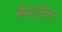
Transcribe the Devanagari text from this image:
मैगाजिन